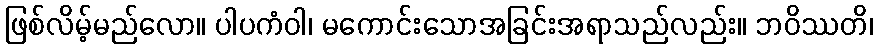
ဖြစ်လိမ့်မည်လော။ ပါပကံဝါ၊ မကောင်းသောအခြင်းအရာသည်လည်း။ ဘဝိဿတိ၊